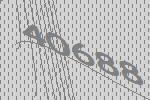
40688